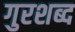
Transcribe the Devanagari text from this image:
गुरशब्द